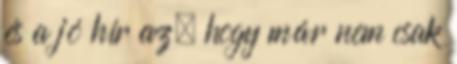
és a jó hír az, hogy már nem csak